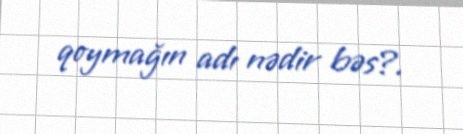
qoymağın adı nədir bəs?.